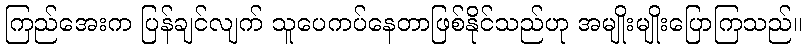
ကြည်အေးက ပြန်ချင်လျက် သူပေကပ်နေတာဖြစ်နိုင်သည်ဟု အမျိုးမျိုးပြောကြသည်။